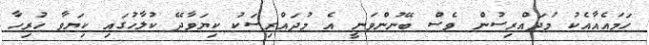
ހަމައެއާއެކު މުދައްރިސުން ވެސް ބޭނުންވަނީ އެ މުދައްރިސަކު ކިޔަވާދޭ ކުލާހުގައި ކިޔަވާ ހުރިހާ